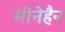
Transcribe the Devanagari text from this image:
मीनेहैन